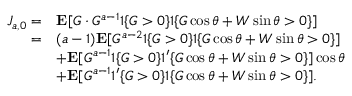
\begin{array} { r l } { J _ { a , 0 } = } & { \mathbf { E } [ G \cdot G ^ { a - 1 } 1 \{ G > 0 \} 1 \{ G \cos \theta + W \sin \theta > 0 \} ] } \\ { = } & { ( a - 1 ) \mathbf { E } [ G ^ { a - 2 } 1 \{ G > 0 \} 1 \{ G \cos \theta + W \sin \theta > 0 \} ] } \\ & { + \mathbf { E } [ G ^ { a - 1 } 1 \{ G > 0 \} 1 ^ { \prime } \{ G \cos \theta + W \sin \theta > 0 \} ] \cos \theta } \\ & { + \mathbf { E } [ G ^ { a - 1 } 1 ^ { \prime } \{ G > 0 \} 1 \{ G \cos \theta + W \sin \theta > 0 \} ] . } \end{array}